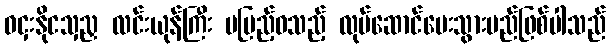
ဝငှးနိုငသှညှ လင်းယုန်ကြီး မပြည့်ဝသည့် လုပ်ဆောင်ပေးသွားမည်ဖြစ်ပါသည်